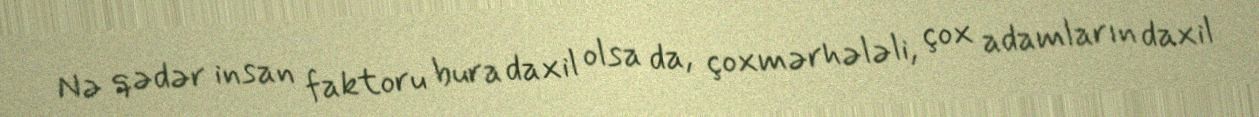
Nə qədər insan faktoru bura daxil olsa da, çoxmərhələli, çox adamların daxil